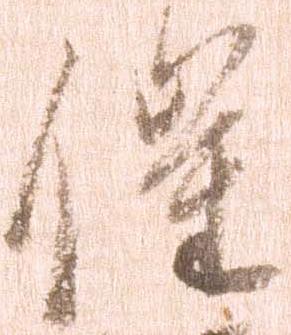
催